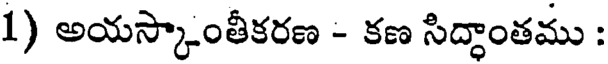
1) అయస్కాంతీకరణ - కణ సిద్ధాంతము :